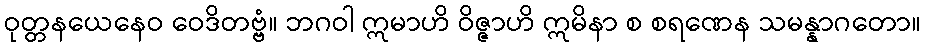
ဝုတ္တနယေနေဝ ဝေဒိတဗ္ဗံ။ ဘဂဝါ ဣမာဟိ ဝိဇ္ဇာဟိ ဣမိနာ စ စရဏေန သမန္နာဂတော။